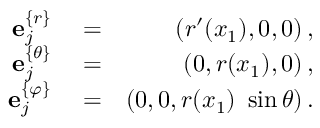
\begin{array} { r l r } { { \bf e } _ { j } ^ { \{ r \} } } & { { } = } & { \left( r ^ { \prime } ( x _ { 1 } ) , 0 , 0 \right) , } \\ { { \bf e } _ { j } ^ { \{ \theta \} } } & { { } = } & { \left( 0 , r ( x _ { 1 } ) , 0 \right) , } \\ { { \bf e } _ { j } ^ { \{ \varphi \} } } & { { } = } & { \left( 0 , 0 , r ( x _ { 1 } ) \ \sin \theta \right) . } \end{array}